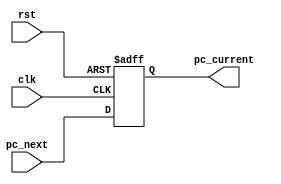

 // PC 
module PC(clk,rst, pc_next, pc_current);
	 input          clk;  
    input          rst;
    input   [7:0]  pc_next;

    output reg [7:0]  pc_current;

 always @(posedge clk or posedge rst)  
 begin   
      if(rst)   
           pc_current <= 8'b0;  
      else  
           pc_current <= pc_next;  
 end  
 // PC + 1   
 assign pc1 = pc_current + 8'b1;

endmodule